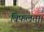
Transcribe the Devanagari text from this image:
विफलता।